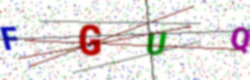
Text: FGUQ